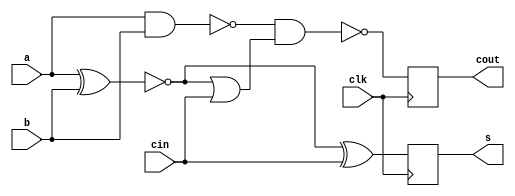
`timescale 1ns / 1ps

module oai (
    input clk,
    input  a,
    input  b,
    input  cin,
    output  reg s,
    output  reg cout
    );
    
    reg p,g;
 always @(posedge clk)    begin
 
    p = a ^ b;
     g =  a & b;
     cout = ~((~g) & ((~p) | cin));
     s = (~p) ^ cin;
end    
endmodule